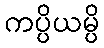
ကပ္ပိယမ္ပိ